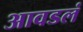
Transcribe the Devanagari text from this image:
आवडलं